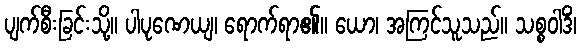
ပျက်စီးခြင်းသို့။ ပါပုဏေယျ၊ ရောက်ရာ၏။ ယော၊ အကြင်သူသည်။ သစ္စဝါဒိံ၊